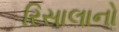
રિસાલાનો